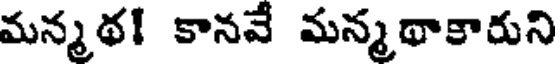
మన్మథ! కానవే మన్మథాకారుని